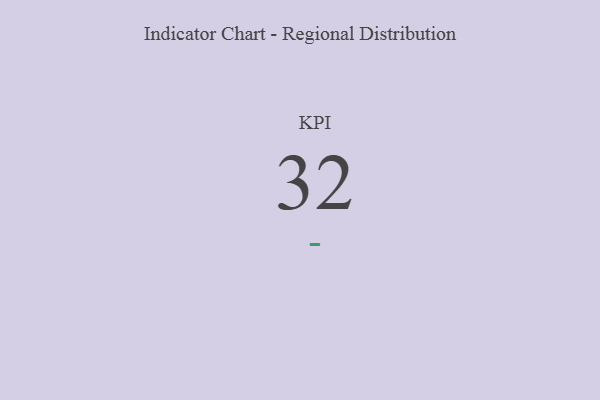
{"axis": {"x": "KPI", "y": "Value"}, "legend": [""], "data": [{"x": "KPI", "y": 32, "type": ""}]}